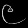
Digit: ၉